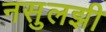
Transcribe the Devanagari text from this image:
नसुलझी